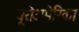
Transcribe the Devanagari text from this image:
यूरोअमेरिका